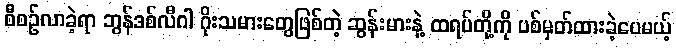
စီစဥ်လာခဲ့ရာ ဘွန်ဒစ်လီဂါ ဂိုးသမားတွေဖြစ်တဲ့ ဆွန်းမားနဲ့ ထရပ်တို့ကို ပစ်မှတ်ထားခဲ့ပေမယ့်